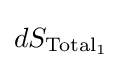
dS_{{\text{Total}}_{1}}